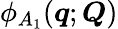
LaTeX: \phi_{A_{1}}(\boldsymbol{q};\boldsymbol{Q})